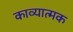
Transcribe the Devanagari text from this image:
काव्‍यात्‍मक